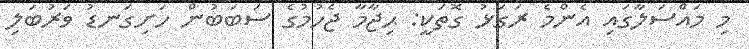
މި މައްސަލާގައި އެންމެ ރަގަޅު ގޮތަކީ: ޙިޖާމާ ޖެހުމުގެ ސަބަބުން ހަށިގަނޑު ވަރުބަލި